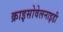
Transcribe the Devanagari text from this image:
क्राइसोवेलनाइडी